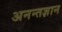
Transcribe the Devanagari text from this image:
अनन्तज्ञान